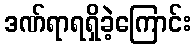
ဒဏ်ရာရရှိခဲ့ကြောင်း